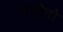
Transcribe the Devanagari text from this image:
गपीतो